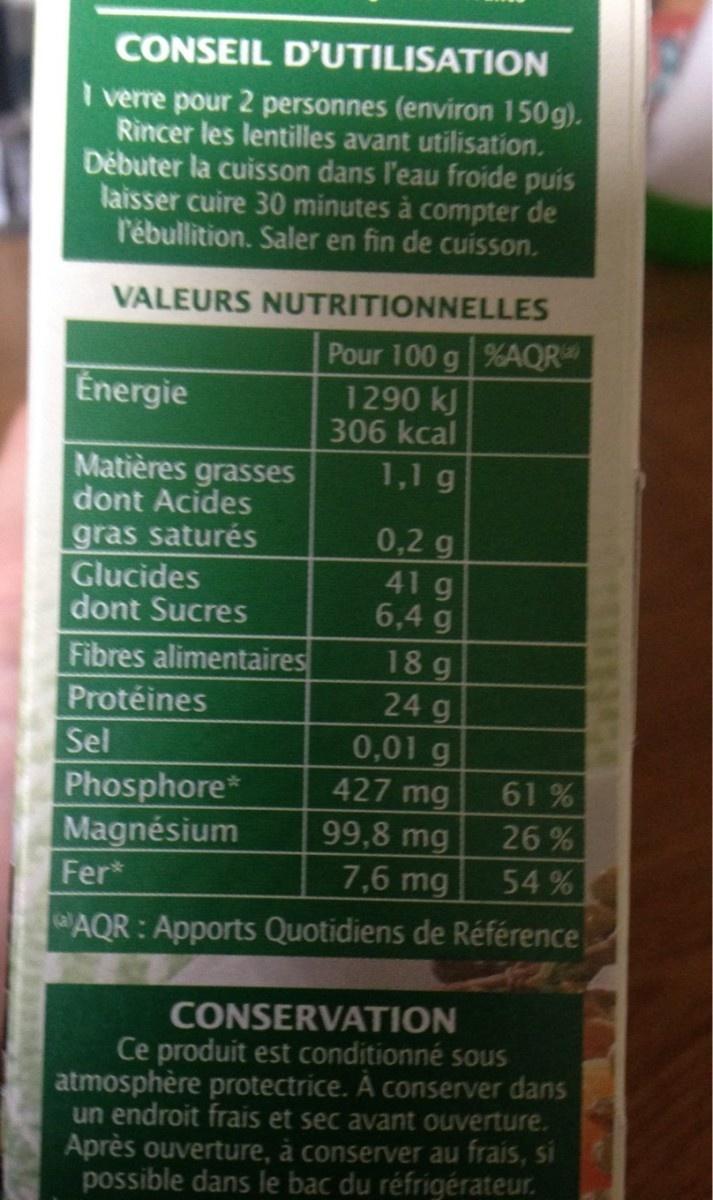
CONSEIL D'UTILISATION
I verre pour 2 personnes (environ 150g). Rincer les lentilles avant utilisation. Děbuter la cuisson dans l'eau froide puis laisser cuire 30 minutes à compter de l'ébullition. Saler en fin de cuisson.
VALEURS NUTRITIONNELLES
Pour 100 g %AQR 1290 kJ 306 kcal
Energie
1,1 g
Matières grasses dont Acides gras saturés Glucides dont Sucres
0,2 g
41g 6,4 g
18g 24 g 0,01 g 427 mg 99,8 mg 7,6 mg
Fibres alimentaires
Protéines
Sel
61%
Phosphore* Magnésium
26%
Fer*
54%
AQR: Apports Quotidiens de Référence
CONSERVATION Ce produit est conditionné sous atmosphère protectrice. A conserver dans un endroit frais et sec avant ouverture.
Après ouverture, à conserver au frais, si possible dans le bac du réfrigérateur.